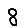
Digit: 8